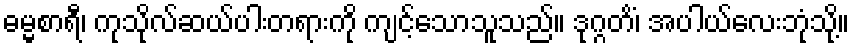
ဓမ္မစာရီ၊ ကုသိုလ်ဆယ်ပါးတရားကို ကျင့်သောသူသည်။ ဒုဂ္ဂတိံ၊ အပါယ်လေးဘုံသို့။